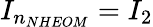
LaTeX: {{I}_{{{n}_{NHEOM}}}}=I_{2}